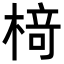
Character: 𬃪